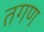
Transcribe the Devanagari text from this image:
तगण